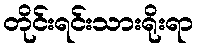
တိုင်းရင်းသားရိုးရာ